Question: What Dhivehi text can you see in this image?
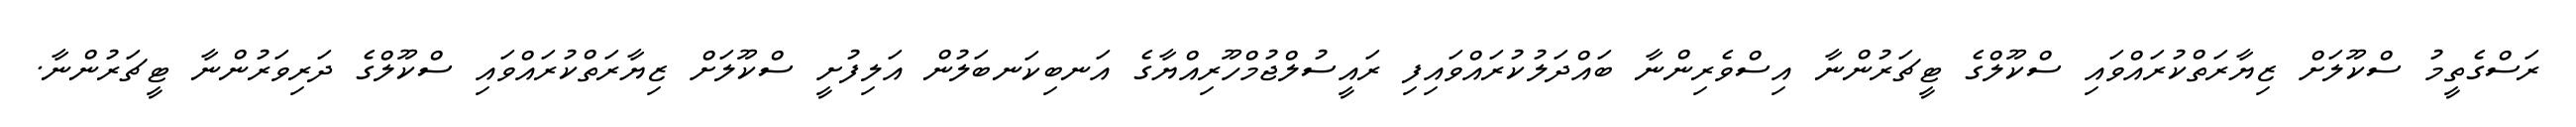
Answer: ރަސްގެތީމު ސްކޫލަށް ޒިޔާރަތްކުރައްވައި ސްކޫލްގެ ޓީޗަރުންނާ އިސްވެރިންނާ ބައްދަލުކުރައްވައިފި ރައީސުލްޖުމްހޫރިއްޔާގެ އަނބިކަނބަލުން އަލިފުށީ ސްކޫލަށް ޒިޔާރަތްކުރައްވައި ސްކޫލްގެ ދަރިވަރުންނާ ޓީޗަރުންނާ.